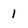
Character: 1